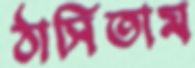
ঠাসিতাম